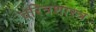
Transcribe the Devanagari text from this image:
चरित्रशास्त्र